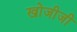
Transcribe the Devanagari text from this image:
खोजीजी